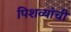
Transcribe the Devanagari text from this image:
पिशव्यांची